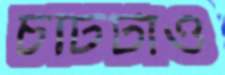
চটিটাও